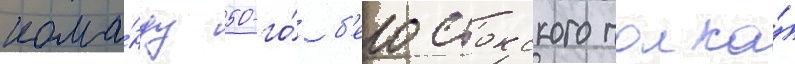
кома́нду 50-го́ б'елостокского полка́